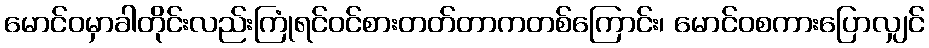
မောင်ဝမှာခါတိုင်းလည်းကြုံရင်ဝင်စားတတ်တာကတစ်ကြောင်း၊ မောင်ဝစကားပြောလျှင်